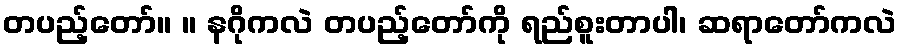
တပည့်တော်။ ။ နဂိုကလဲ တပည့်တော်ကို ရည်စူးတာပါ၊ ဆရာတော်ကလဲ